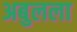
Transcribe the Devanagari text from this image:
अबुलला